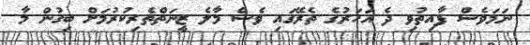
ނަމަވެސް ފާއިތުވި ދެ އަހަރުގެ ތެރޭގައި ވެސް މާލެ ޒީނަތްތެރިކުރުމަށް ބިގުން މާ